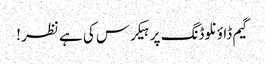
گیم ڈاؤنلوڈنگ پر ہیکرس کی ہے نظر !